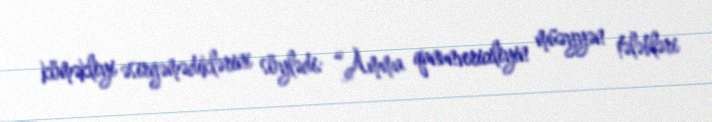
köməkliyi əsirgəmədiklərini söylədi: “Amma qanunvericiliyin müəyyən tələbləri